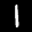
Label: 1